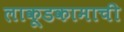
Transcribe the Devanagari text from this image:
लाकूडकामाची